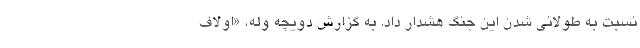
نسبت به طولانی شدن این جنگ هشدار داد. به گزارش دویچه وله، «اولاف